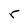
Character: r